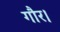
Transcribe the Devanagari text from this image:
गौर।